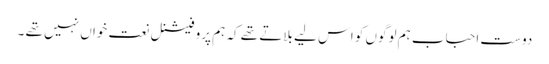
دوست احباب ہم لوگوں کو اس لیے بلاتے تھے کہ ہم پروفیشنل نعت خواں نہیں تھے ۔